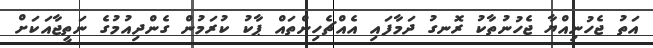
އަތު ޖެހުނިއްޔާ ޖެހުނުތާކު ރޮނގު ދަމާފައި އެއްޗެހިންތައް ޕާކު ކުރަމުން ގެންދިއުމުގެ ނަތީޖާއަކަށް